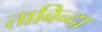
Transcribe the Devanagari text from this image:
ताबिन्दा